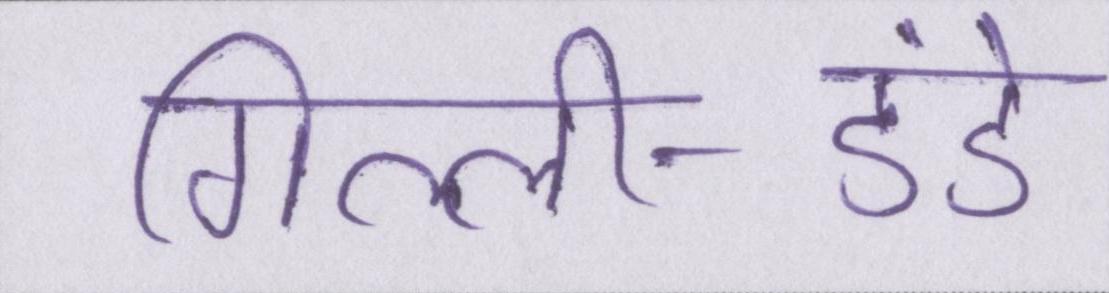
गिल्ली-डंडे